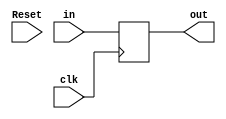
`timescale 1ns / 1ps
//////////////////////////////////////////////////////////////////////////////////
// Company: 
// Engineer: 
// 
// Design Name: 
// Module Name: DFF_32bits
// Project Name: 
// Target Devices: 
// Tool Versions: 
// Description: 
// 
// Dependencies: 
// 
// Revision:
// Revision 0.01 - File Created
// Additional Comments:
// 
//////////////////////////////////////////////////////////////////////////////////


module DFF_32bits(
    input clk,
    input Reset,
    input [31:0] in,
    output reg [31:0] out
    );
    
    always @(posedge clk/* or negedge Reset*/) begin
        //if(Reset==0) out <= 0;
        /*else*/ out <= in;
    end
    
endmodule